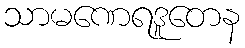
သာမဏေရဒူတေန